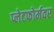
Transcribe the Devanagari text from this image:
प्लेटफोर्मवर